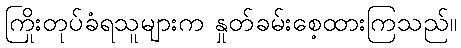
ကြိုးတုပ်ခံရသူများက နှုတ်ခမ်းစေ့ထားကြသည်။